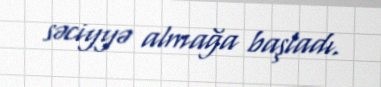
səciyyə almağa başladı.